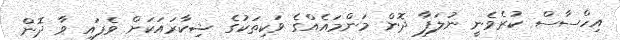
އިހްސާސް ކުރެވެނީ ނުލަފާ ދޮން މަންމައެއްގެ ވަކިތަކުގެ ޝިކާރައަކަށް ވެފައި ވާ ދޮން